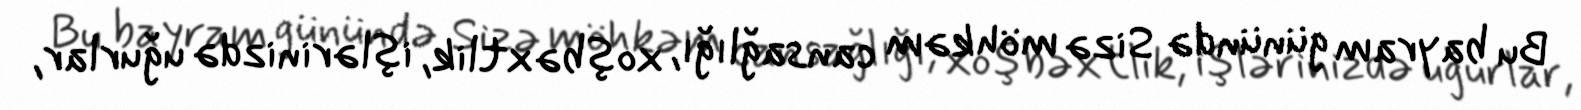
Bu bayram günündə Sizə möhkəm cansağlığı, xoşbəxtlik, işlərinizdə uğurlar,